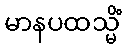
မာနပထသ္မိံ